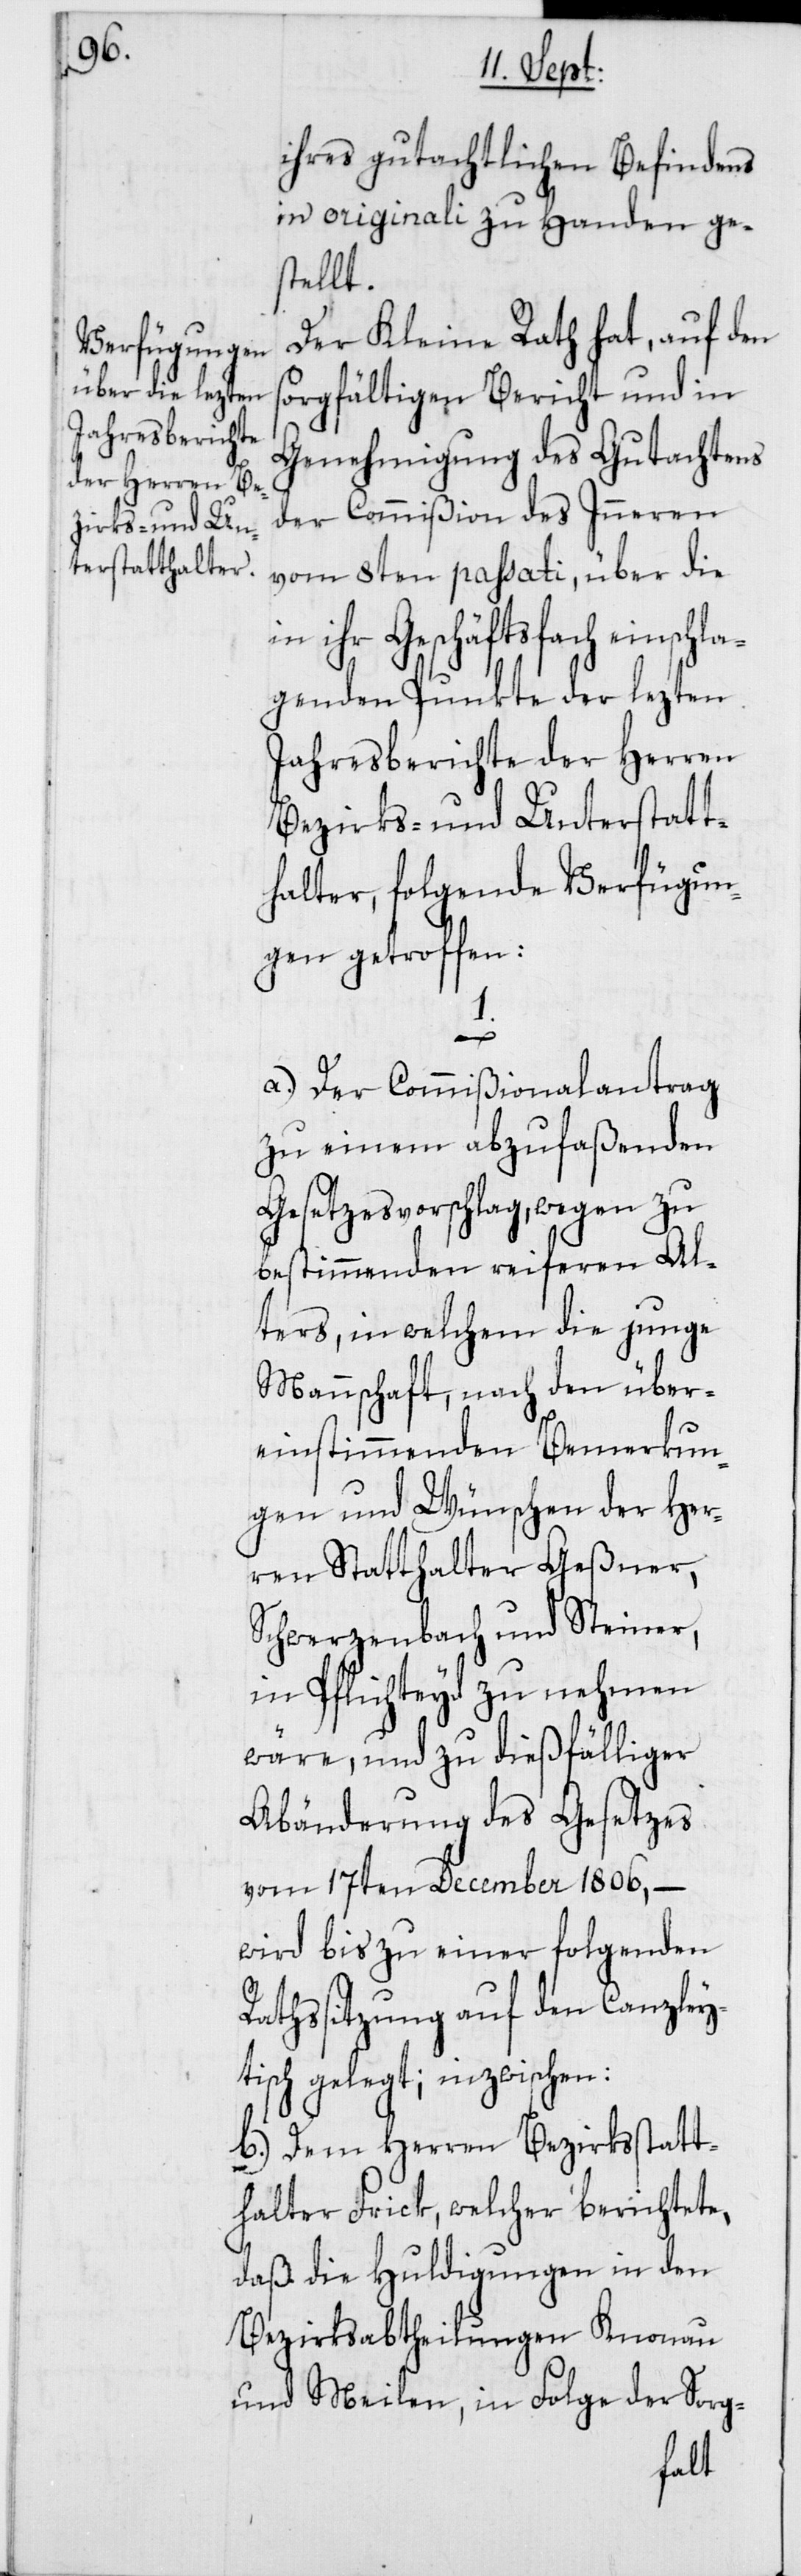
ihres gutächtlichen Befindens
in originali zu Handen ge¬
stellt.
Der Kleine Rath hat, auf den
orgfältigen Bericht und in
Genehmigung des Gutachtens
der Commißion des Inneren
vom 8ten passati, über die
ihr Geschäftsfach einschl¬
agenden Punkte der lezten
Jahresberichte der Herren
Bezirks- und Unterstatt¬
halter, folgende Verfügun¬
gen getroffen:
1.
a) Der Commißionalantrag
zu einem abzufaßenden
Gesetzesvorschlag, wegen zu
bestimmenden reiferen Al¬
ters, in welchem die junge
Mannschaft, nach den über¬
einstimmenden Bemerkun¬
gen und Wünschen der Her¬
ren Statthalter Geßner,
Schwerzenbach und Steiner,
in Pflichteyd zu nehmen
wäre, und zu dießfälliger
Abänderung des Gesetzes
vom 17ten December 1806, –
wird bis zu einer folgenden
Rathßitzung auf den Canzley¬
tisch gelegt; inzwischen:
b) Dem Herren Bezirksstatt¬
halter Frick, welcher berichtete,
daß die Huldigungen in den
Bezirksabtheilungen Knonau
und Meilen, in Folge der Sorg-